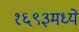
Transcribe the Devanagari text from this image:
१६९३मध्ये